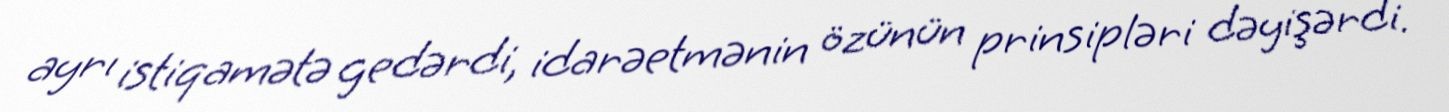
ayrı istiqamətə gedərdi, idarəetmənin özünün prinsipləri dəyişərdi.